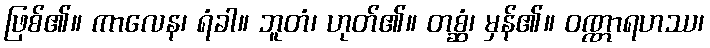
ဖြစ်၏။ ကာလေန၊ ရံခါ။ ဘူတံ၊ ဟုတ်၏။ တစ္ဆံ၊ မှန်၏။ ဝဏ္ဏာရဟဿ၊